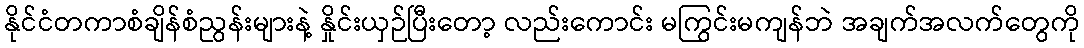
နိုင်ငံတကာစံချိန်စံညွန်းများနဲ့ နှိုင်းယှဉ်ပြီးတော့ လည်းကောင်း မကြွင်းမကျန်ဘဲ အချက်အလက်တွေကို